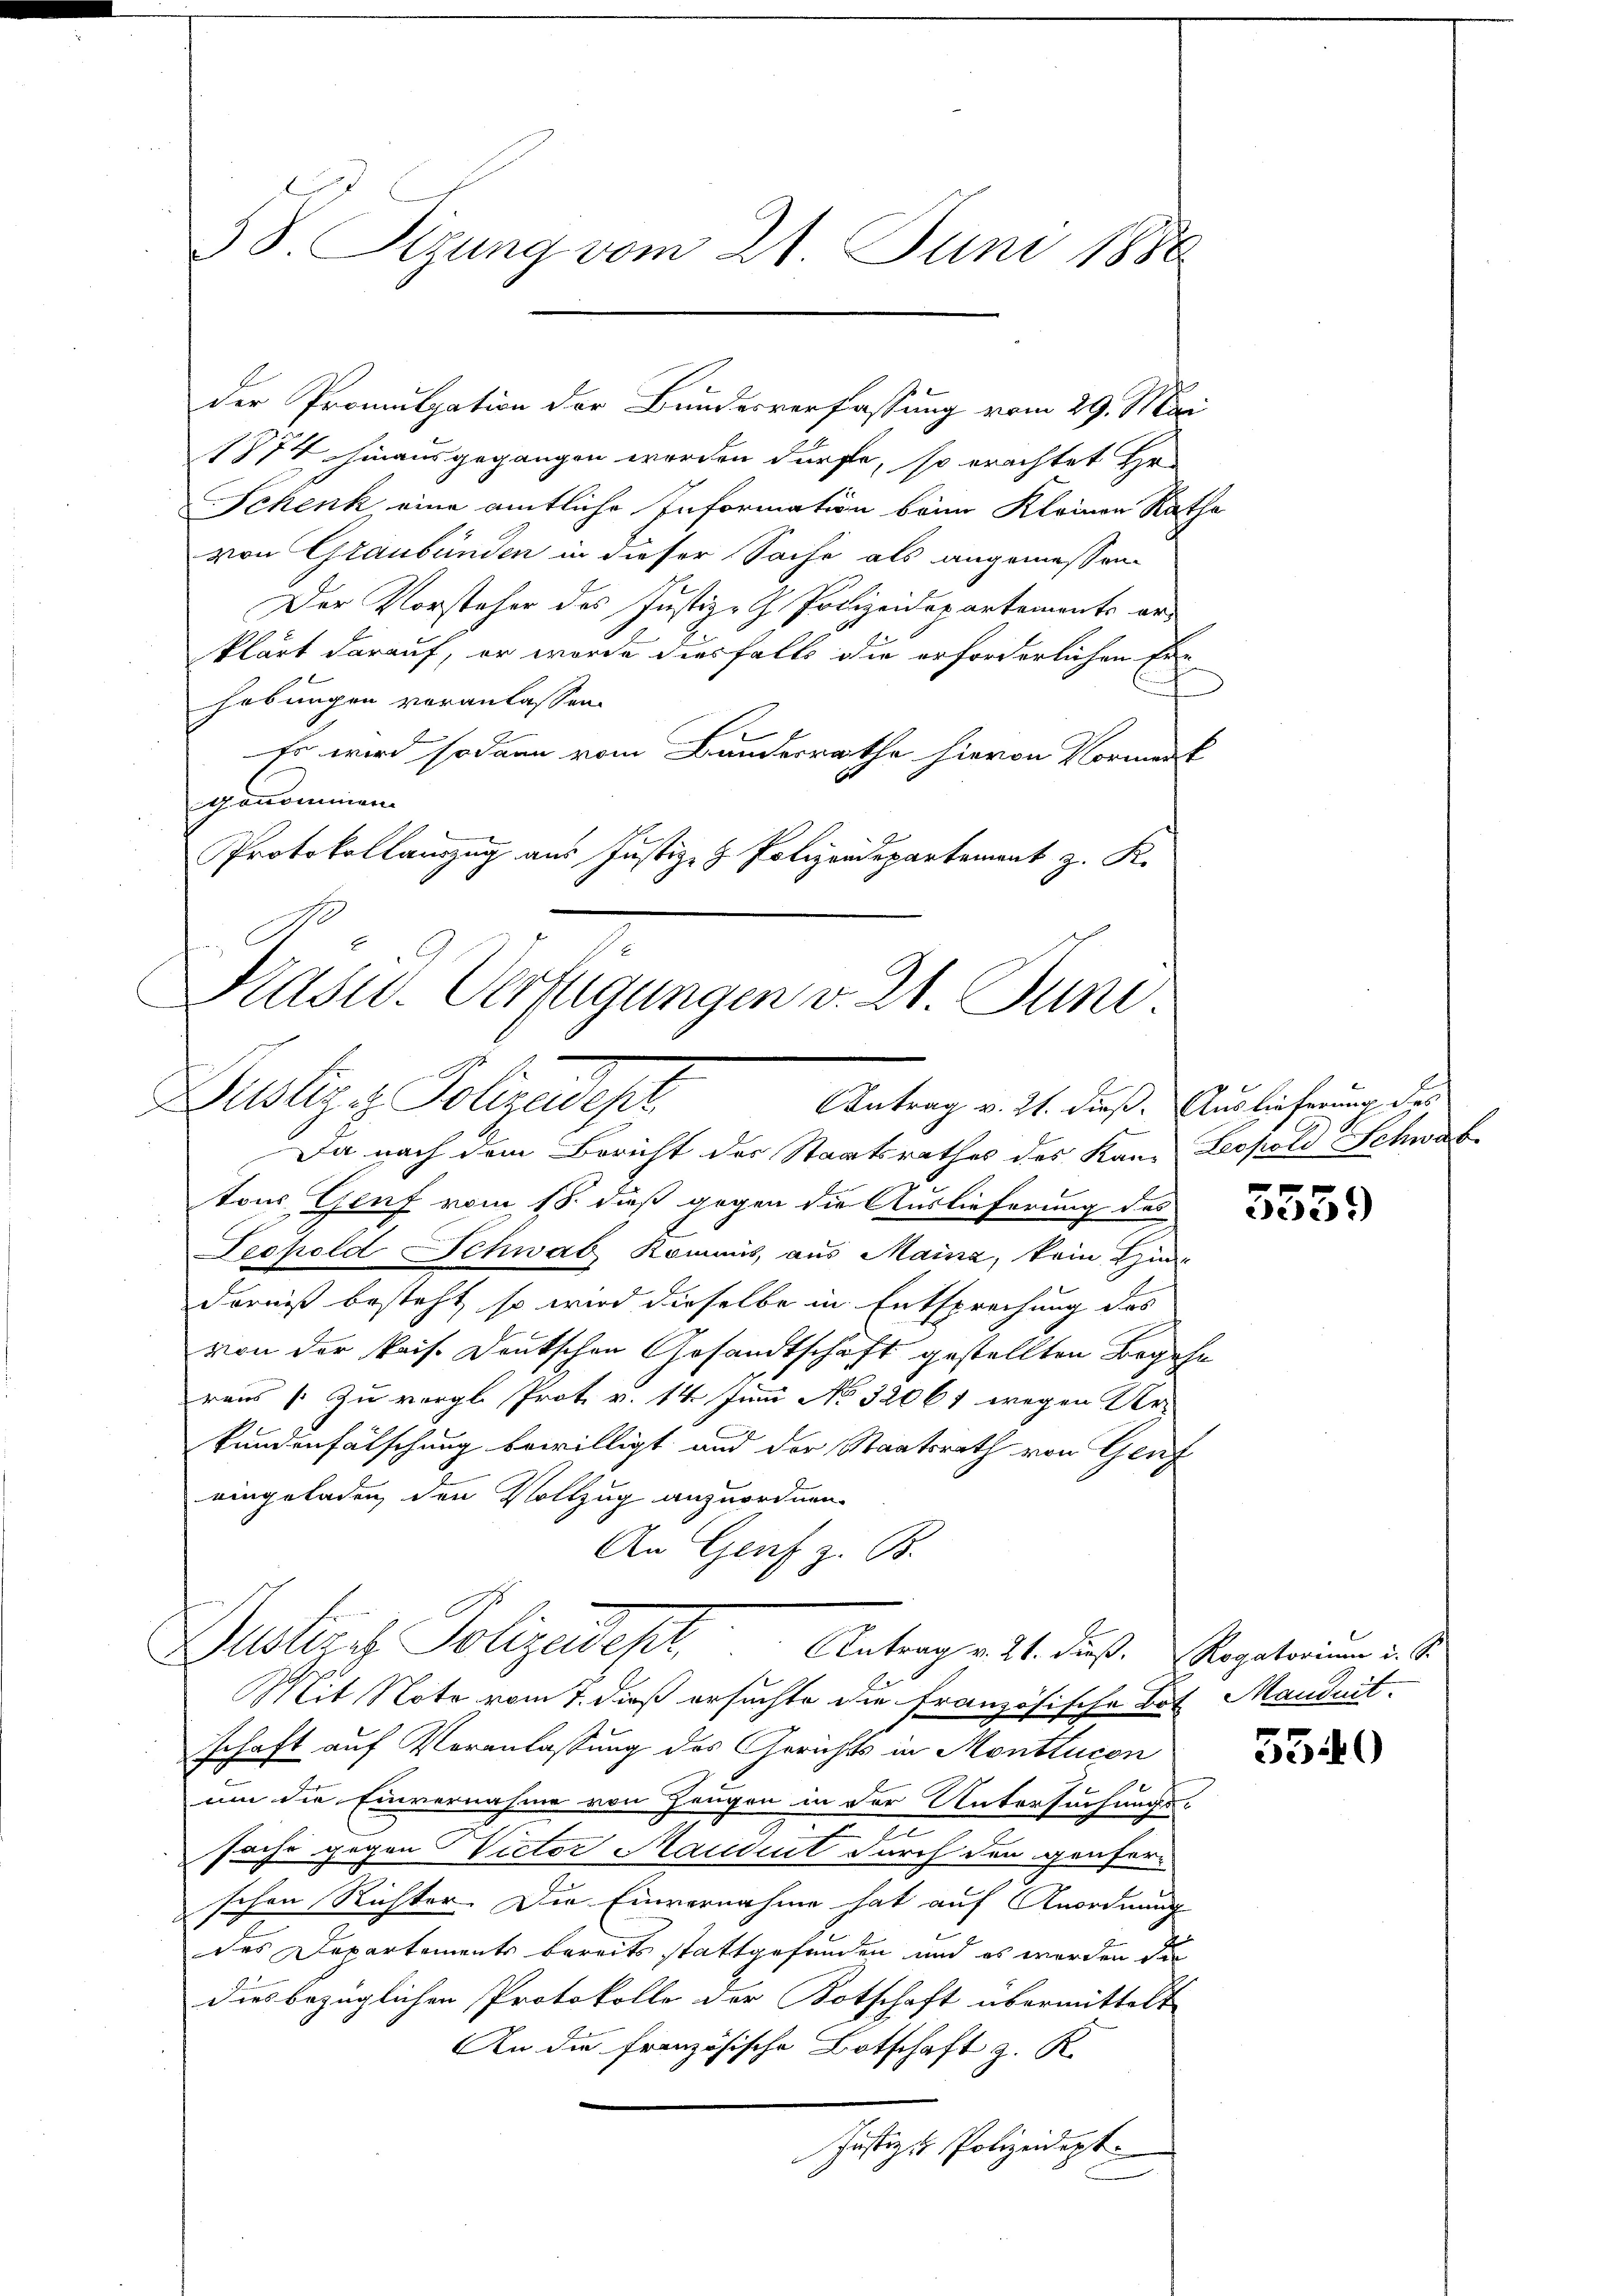
38. Sizung vom 21. Juni 1888

1874 hinausgegangen werden dürfe, so erachtet Hr.
Schenk, eine amtliche Information beim Kleinen Ratha
von Graubünden in dieser Sache als angemessen
Der Vorsteher des Justiz-G. Polizeidepartements erklärt darauf, er wurde diesfalls die erforderlichen Erhebungen veranlassen.
Er wird sodann vom Bundesrathe hievon Vormerk
genommen.
Protokollauszug aus Justiz- & Polizeidepartement z. K.

Präsid.. Verfügungen v. 21. Juni.
Dustiz & Polizeidest
Antrag v. 21. dieß. Auslieferung des

der Promulgation der Bundesverfassung vom 29. Mai

Da nach dem Bericht der Staatsrathes des Kan- Leopold Schwaf
tons Genf vom 18. dieß gegen die Auslieferung des
Teopold Schwab Kommis, aus Maina, kein Hinderniß besteht, so wird dieselbe in Entsprechung des
von der kais. Deutschen Gesandtschaft gestellten Begehn
raus 1. Zu vergl. Prot. v. 14. Juni No 32061 wegen Ver-
kundenfälschung bewilligt und der Staatsrath von Genf
eingeladen den Vollzug anzuordnen.
An Genf z. B.
Mit Note vom 7. dieß ersuchte die französische Bot Manduit-
schaft auf Veranlassung des Gerichts in Monttucon
um die Einvernahme von Zeugen in der Untersuchungs-
sache gegen Victor Mandet durch den Genfer-
schen Richter. Die Einvernahme hat auf Anordnung
des Departements bereits stattgefunden und es werden die
diesbezüglichen Protokolle der Kotschaft übermittelt
An die französische Botschaft z. K.
Justiz & Polizeidept.

Austrich Polizeides Antrag v. 21. dieß. Sepatrimm u. s.

x
2e)

5540